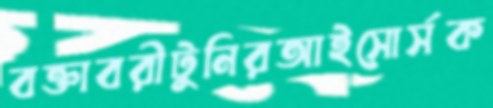
বক্তাবরীটুনিরআইসোর্সক